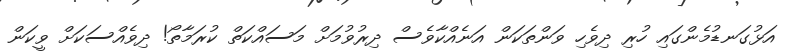
އަޅުގަނޑުމެންގައި ހުރި ދިވެހި ވަންތަކަން އަނެއްކާވެސް ދިރުވުމަށް މަސައްކަތް ކުރަމާތޯ! ދިވެއްސަކަށް ވީކަން